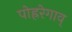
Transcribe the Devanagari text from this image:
पोह्ररेगाव्